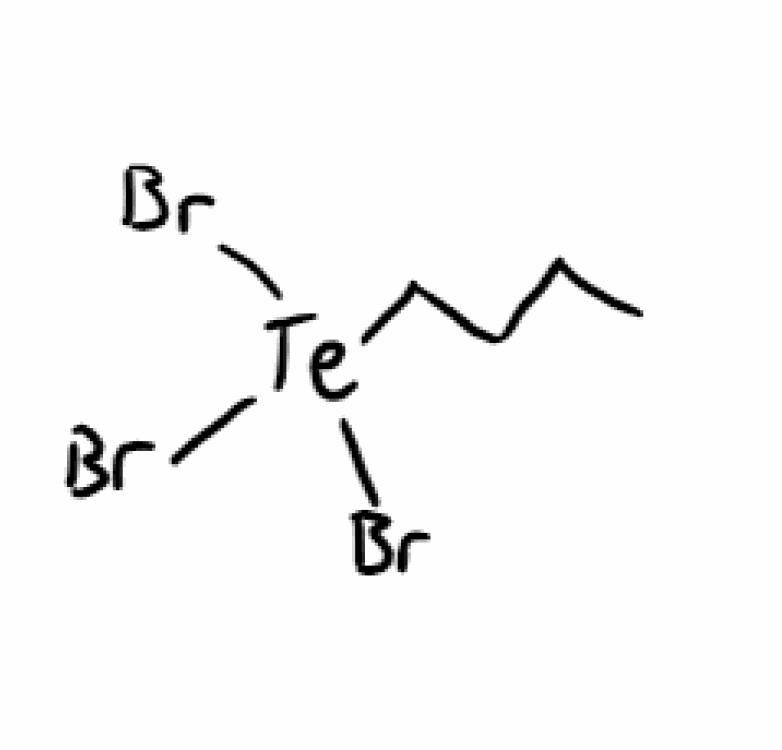
Simplified molecular-input line-entry system (SMILES) notation of the given molecule:
CCCC[Te](Br)(Br)Br